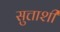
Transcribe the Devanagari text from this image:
सुत्ताशी